Indian journal of veterinary science and animal husbandry - Volume 11,
Year: 1941
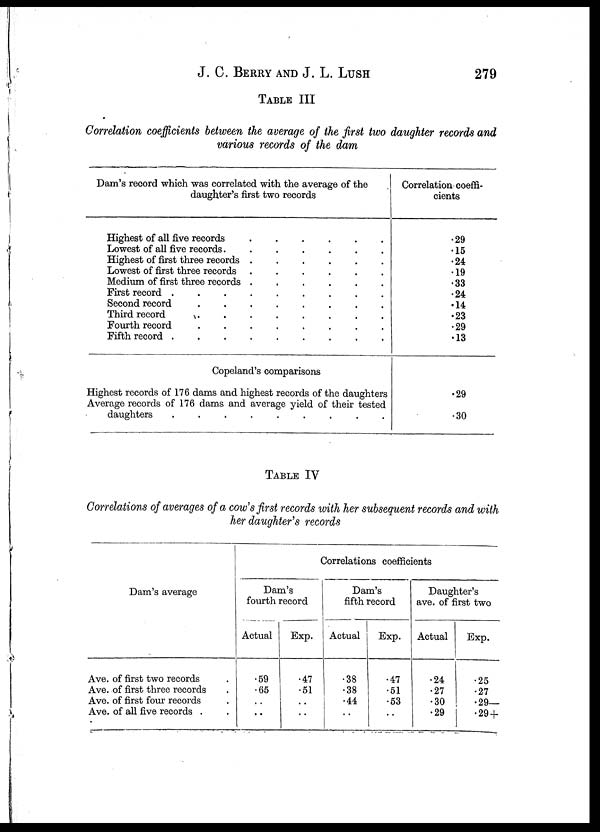
J. C. BERRY AND J. L. LUSH 279
TABLE III
Correlation coefficients between the average of the first two daughter records and
various records of the dam
Dam's record which was correlated with the average of the
daughter's first two records
Highest of all five records
.
.
.
.
.
.
Lowest of all five records.
.
.
.
.
.
.
Highest of first three records
.
.
.
.
.
.
Lowest of first three records
.
.
.
.
.
.
Medium of first three records
.
.
.
.
.
.
First record
.
.
.
.
.
.
Second record
.
.
.
.
.
.
Third record
.
.
.
.
.
.
Fourth record
.
.
.
.
.
.
Fifth record
.
.
.
.
.
.
Copeland's comparissons
Highest records of 176 dams and highest records of the daughters
Average records of 176 dams and average yield of their tested
daughters
.
.
.
.
.
.
Correlation coeffi-
cients
.29
.15
.24
.19
.33
.24
.14
.23
.29
.13
.29
.30
TABLE IV
Correlations of averages of a cow's first records with her subsequent records and with
her daughter's records
Dam's average
Ave. of first two records .
Ave. of first three records .
Ave. of first four records .
Ave. of all five records . .
Correlations coefficients
Dam's
fourth record
Actual
.59
.65
. .
. .
Exp.
.47
.51
. .
. .
Dam's
fifth record
Actual
.38
.38
.44
. .
Exp.
.47
.51
.53
. .
Daughter's
ave. of first two
Actual
.24
.27
.30
.29
Exp.
.25
.27
.29—
.29 +